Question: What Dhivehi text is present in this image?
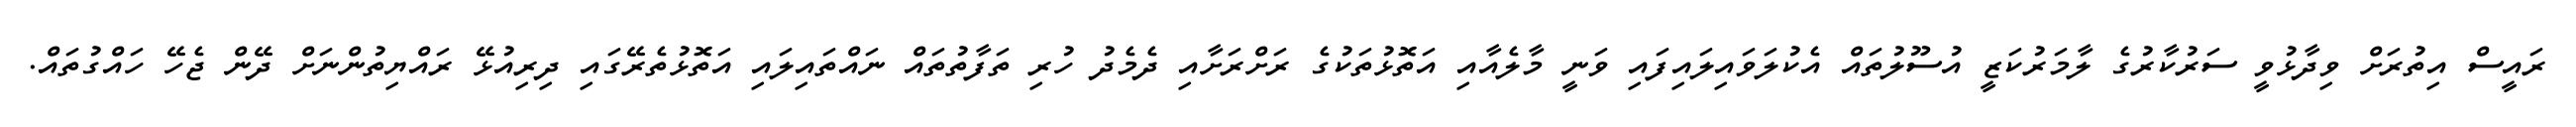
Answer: ރައީސް އިތުރަށް ވިދާޅުވީ ސަރުކާރުގެ ލާމަރުކަޒީ އުސޫލުތައް އެކުލަވައިލައިފައި ވަނީ މާލެއާއި އަތޮޅުތަކުގެ ރަށްރަށާއި ދެމެދު ހުރި ތަފާތުތައް ނައްތައިލައި އަތޮޅުތެރޭގައި ދިރިއުޅޭ ރައްޔިތުންނަށް ދޭން ޖެހޭ ހައްގުތައް.